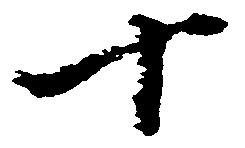
十